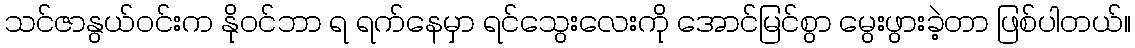
သင်ဇာနွယ်ဝင်းက နိုဝင်ဘာ ရ ရက်နေမှာ ရင်သွေးလေးကို အောင်မြင်စွာ မွေးဖွားခဲ့တာ ဖြစ်ပါတယ်။